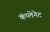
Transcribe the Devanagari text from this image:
कंप्लेनेट